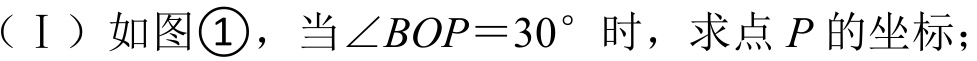
（Ⅰ）如图\textcircled{1}，当\(\angle BOP = 30^{\circ}\) 时，求点 \(P\) 的坐标；